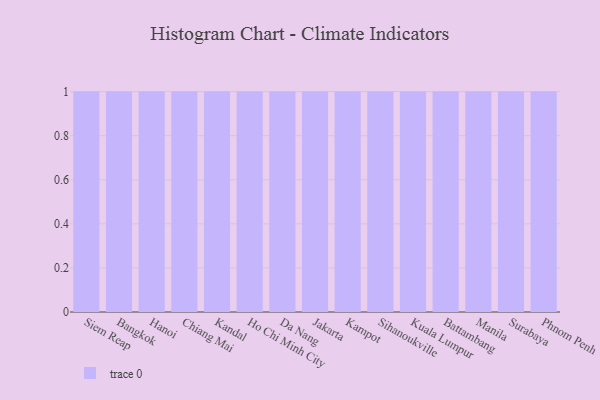
{"axis": {"x": "City", "y": "Headcount"}, "legend": [""], "data": [{"x": "Siem Reap", "y": 63, "type": ""}, {"x": "Bangkok", "y": 77, "type": ""}, {"x": "Hanoi", "y": 89, "type": ""}, {"x": "Chiang Mai", "y": 78, "type": ""}, {"x": "Kandal", "y": 62, "type": ""}, {"x": "Ho Chi Minh City", "y": 3, "type": ""}, {"x": "Da Nang", "y": 27, "type": ""}, {"x": "Jakarta", "y": 63, "type": ""}, {"x": "Kampot", "y": 34, "type": ""}, {"x": "Sihanoukville", "y": 98, "type": ""}, {"x": "Kuala Lumpur", "y": 81, "type": ""}, {"x": "Battambang", "y": 64, "type": ""}, {"x": "Manila", "y": 98, "type": ""}, {"x": "Surabaya", "y": 95, "type": ""}, {"x": "Phnom Penh", "y": 29, "type": ""}]}